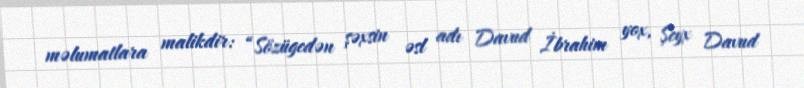
məlumatlara malikdir: “Sözügedən şəxsin əsl adı Davud İbrahim yox, Şeyx Davud